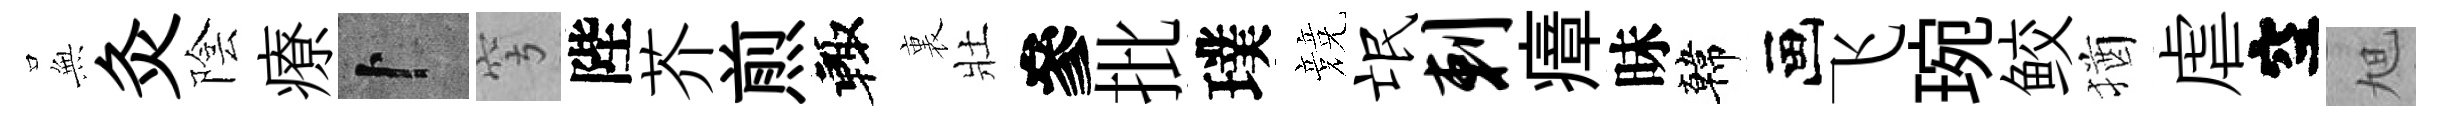
𭴾灸陰療卜穹陛芥煎輙裏壯參批璞競氓剌瘴昧韓画飞琬鲛猶虐空旭